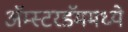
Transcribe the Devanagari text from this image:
ॲम्स्टरडॅममध्ये